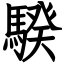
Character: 騤